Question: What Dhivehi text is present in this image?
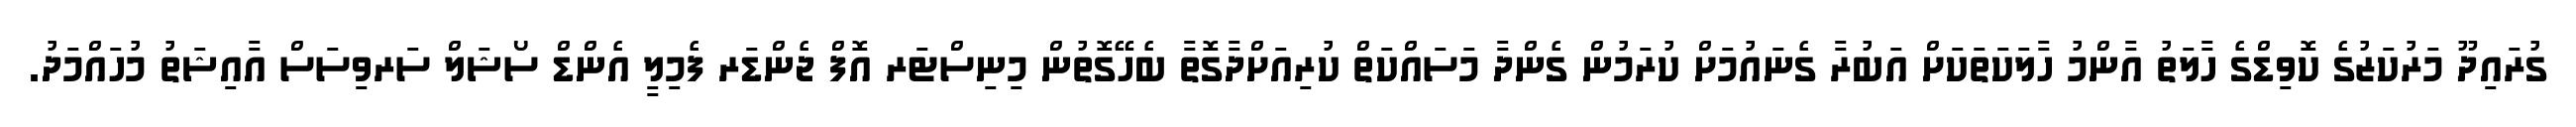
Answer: ގުރައިދޫ މަރުކަޒުގެ ކޮވިޑްގެ ހާލަތު އާންމު ހާލަކަތަކަށް އަބުރާ ގެނައުމަށް ކުރަމުން ގެންދާ މަސައްކަތް ކުރިއަށްދާގޮތާ ބެހޭގޮތުން މިނިސްޓަރ އޮފް ޖެންޑަރ ފެމިލީ އެންޑް ސޯޝަލް ސަރވިސަސް އާއިޝަތު މުހައްމަދު.